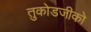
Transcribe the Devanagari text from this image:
तुकोडजीको